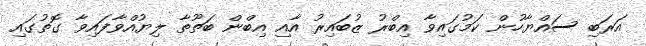
އަރަބި ސައްޔާހުން ކަމުގައިވާ އިބްރު ޒުބައިރު އާއި އިބްން ބަތޫތާ ލިޔުއްވާފައިވާ ގޮތުގައި